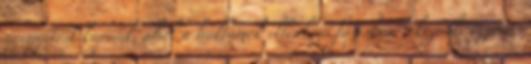
gyengítést kapunk, ahol a hullámok ellenkező fázisban érkeznek. Azonos